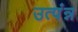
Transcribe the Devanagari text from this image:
उत्पंन्न